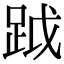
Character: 䟠